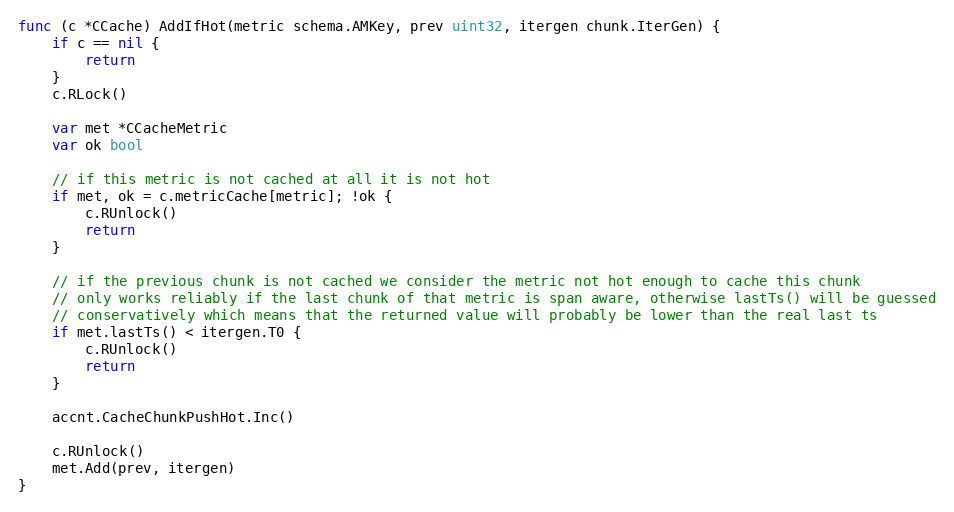
Language: Go
func (c *CCache) AddIfHot(metric schema.AMKey, prev uint32, itergen chunk.IterGen) {
	if c == nil {
		return
	}
	c.RLock()

	var met *CCacheMetric
	var ok bool

	// if this metric is not cached at all it is not hot
	if met, ok = c.metricCache[metric]; !ok {
		c.RUnlock()
		return
	}

	// if the previous chunk is not cached we consider the metric not hot enough to cache this chunk
	// only works reliably if the last chunk of that metric is span aware, otherwise lastTs() will be guessed
	// conservatively which means that the returned value will probably be lower than the real last ts
	if met.lastTs() < itergen.T0 {
		c.RUnlock()
		return
	}

	accnt.CacheChunkPushHot.Inc()

	c.RUnlock()
	met.Add(prev, itergen)
}